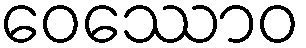
ဝေဿောဝ